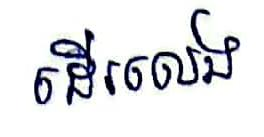
ដើរលេង